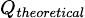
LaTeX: \scriptstyle Q_{theoretical}